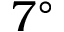
7 ^ { \circ }